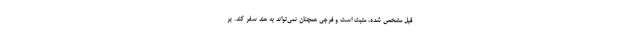
قبل مشخص شده، مثبت است و فرجی همچنان نمی‌تواند به هند سفر کند. بر